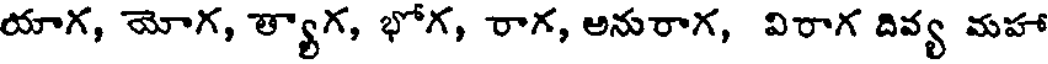
యాగ, యోగ, త్యాగ, భోగ, రాగ, అనురాగ, విరాగ దివ్య మహా